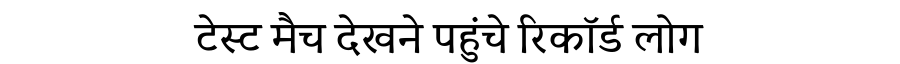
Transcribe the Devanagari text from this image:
टेस्ट मैच देखने पहुंचे रिकॉर्ड लोग